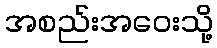
အစည်းအဝေးသို့